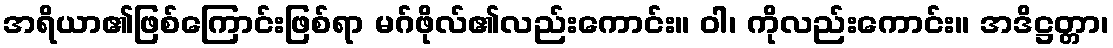
အရိယာ၏ဖြစ်ကြောင်းဖြစ်ရာ မဂ်ဖိုလ်၏လည်းကောင်း။ ဝါ၊ ကိုလည်းကောင်း။ အဒိဋ္ဌတ္တာ၊